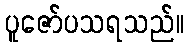
ပူဇော်ပသရသည်။